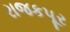
રાજકપૂર